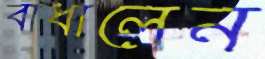
বাধালেন